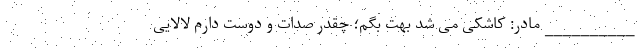
__________ مادر: کاشکی می شد بهت بگم؛ چقدر صدات و دوست دارم لالایی